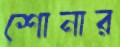
শোনার